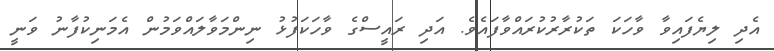
އެދި ލިޔެފައިވާ ވާހަކަ ތަކުރާރުކުރައްވާފައެވެ. އަދި ރައީސްގެ ވާހަކަފުޅު ނިންމަވާލައްވަމުން އެމަނިކުފާނު ވަނީ